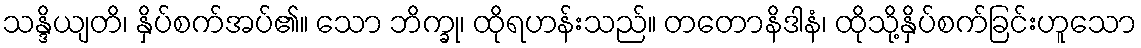
သန္ဒိယျတိ၊ နှိပ်စက်အပ်၏။ သော ဘိက္ခု၊ ထိုရဟန်းသည်။ တတောနိဒါနံ၊ ထိုသို့နှိပ်စက်ခြင်းဟူသော